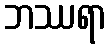
ဘဿရာ